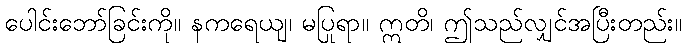
ပေါင်းဘော်ခြင်းကို။ နကရေယျ၊ မပြုရာ။ ဣတိ၊ ဤသည်လျှင်အပြီးတည်း။